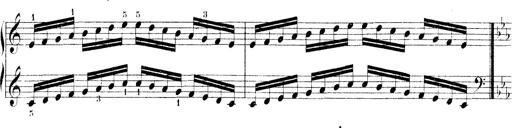
Title: Technische Studien
Composer: Franz Liszt